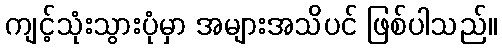
ကျင့်သုံးသွားပုံမှာ အများအသိပင် ဖြစ်ပါသည်။